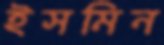
ইসমিন